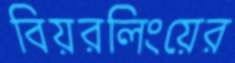
বিয়রলিংয়ের